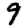
Digit: 9